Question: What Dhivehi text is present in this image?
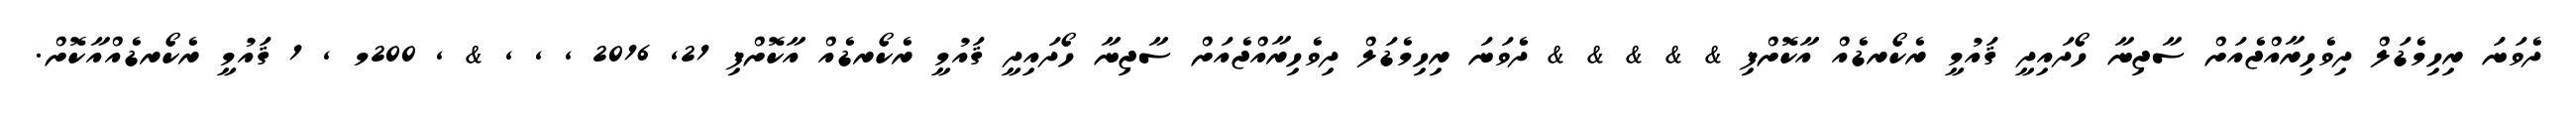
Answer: ދެވަނަ ރިހިމެޑަލް ދިވެހިރާއްޖެއަށް ސާޖިނާ ހޯދައިދީ ޤައުމީ ރެކޯރޑެއް އާކޮށްފި & & & & & ދެވަނަ ރިހިމެޑަލް ދިވެހިރާއްޖެއަށް ސާޖިނާ ހޯދައިދީ ޤައުމީ ރެކޯރޑެއް އާކޮށްފި 21, 2016 , , , & , 200މ , 1 ޤައުމީ ރެކޯރޑެއްއާކޮށް.